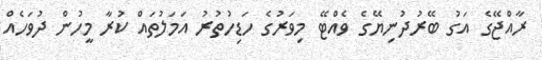
ރާއްޖޭގެ އަގު ބޭރުދުނިޔޭގެ ވެއްޓޭ މިވަރުގެ ހަޑިހުތުރު އަމަލުތައް ކުރާ މީހުން ދުވަހެއް